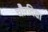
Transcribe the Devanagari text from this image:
चौरविद्या